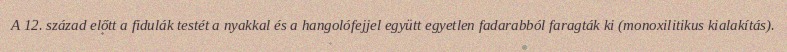
A 12. század előtt a fidulák testét a nyakkal és a hangolófejjel együtt egyetlen fadarabból faragták ki (monoxilitikus kialakítás).